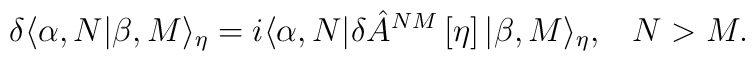
\delta \langle \alpha ,N|\beta ,M\rangle _\eta =i\langle \alpha ,N|\delta \hat{A}^{NM}\left[ \eta \right] |\beta ,M\rangle _\eta ,\;\;\;N>M.